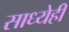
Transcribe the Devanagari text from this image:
साध्येही